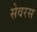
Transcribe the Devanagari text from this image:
सेवरस